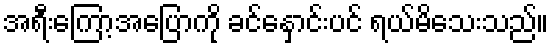
အရီးကြော့အပြောကို ခင်နှောင်းပင် ရယ်မိသေးသည်။